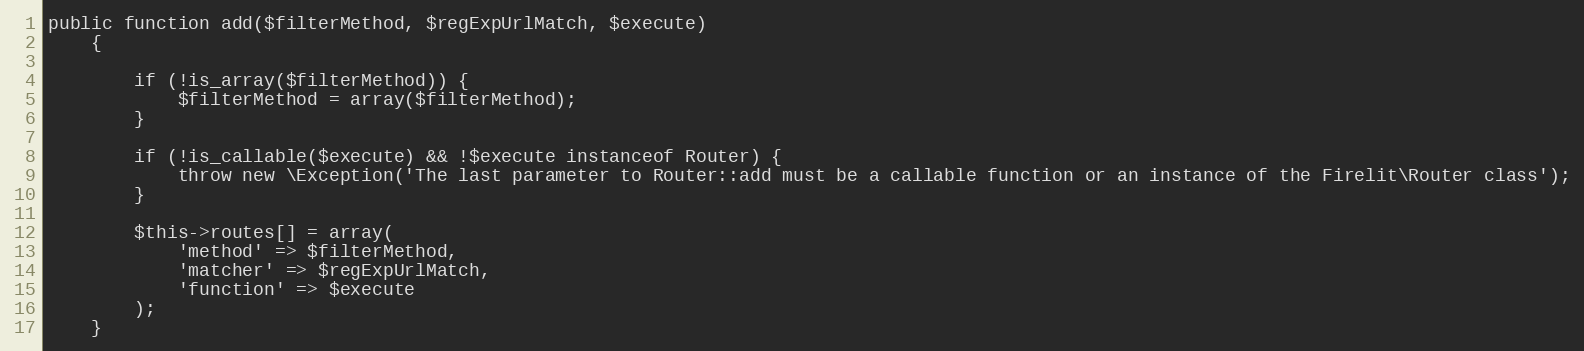
Language: PHP
public function add($filterMethod, $regExpUrlMatch, $execute)
    {

        if (!is_array($filterMethod)) {
            $filterMethod = array($filterMethod);
        }

        if (!is_callable($execute) && !$execute instanceof Router) {
            throw new \Exception('The last parameter to Router::add must be a callable function or an instance of the Firelit\Router class');
        }

        $this->routes[] = array(
            'method' => $filterMethod,
            'matcher' => $regExpUrlMatch,
            'function' => $execute
        );
    }